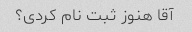
آقا هنوز ثبت نام کردی؟